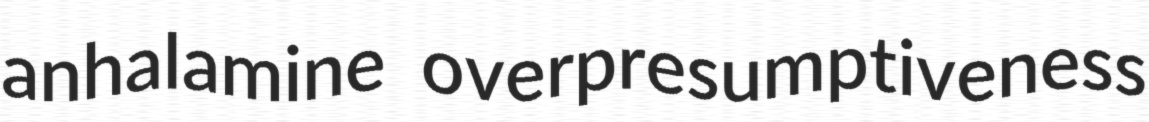
anhalamine overpresumptiveness